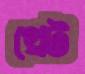
থ্রেট